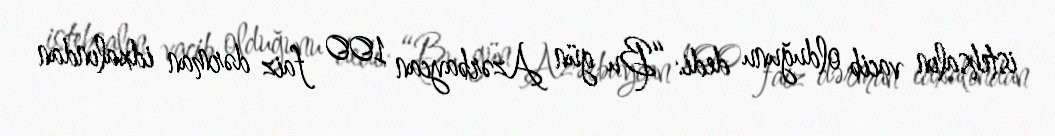
istehsalın vacib olduğunu dedi: “Bu gün Azərbaycan 100 faiz dərman idxalından